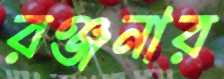
রঞ্জনার